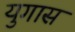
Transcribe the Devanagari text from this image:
युगास